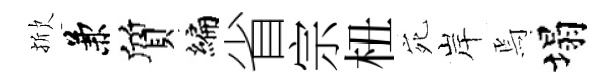
掀兼質编省宗杻宛岸焉塌